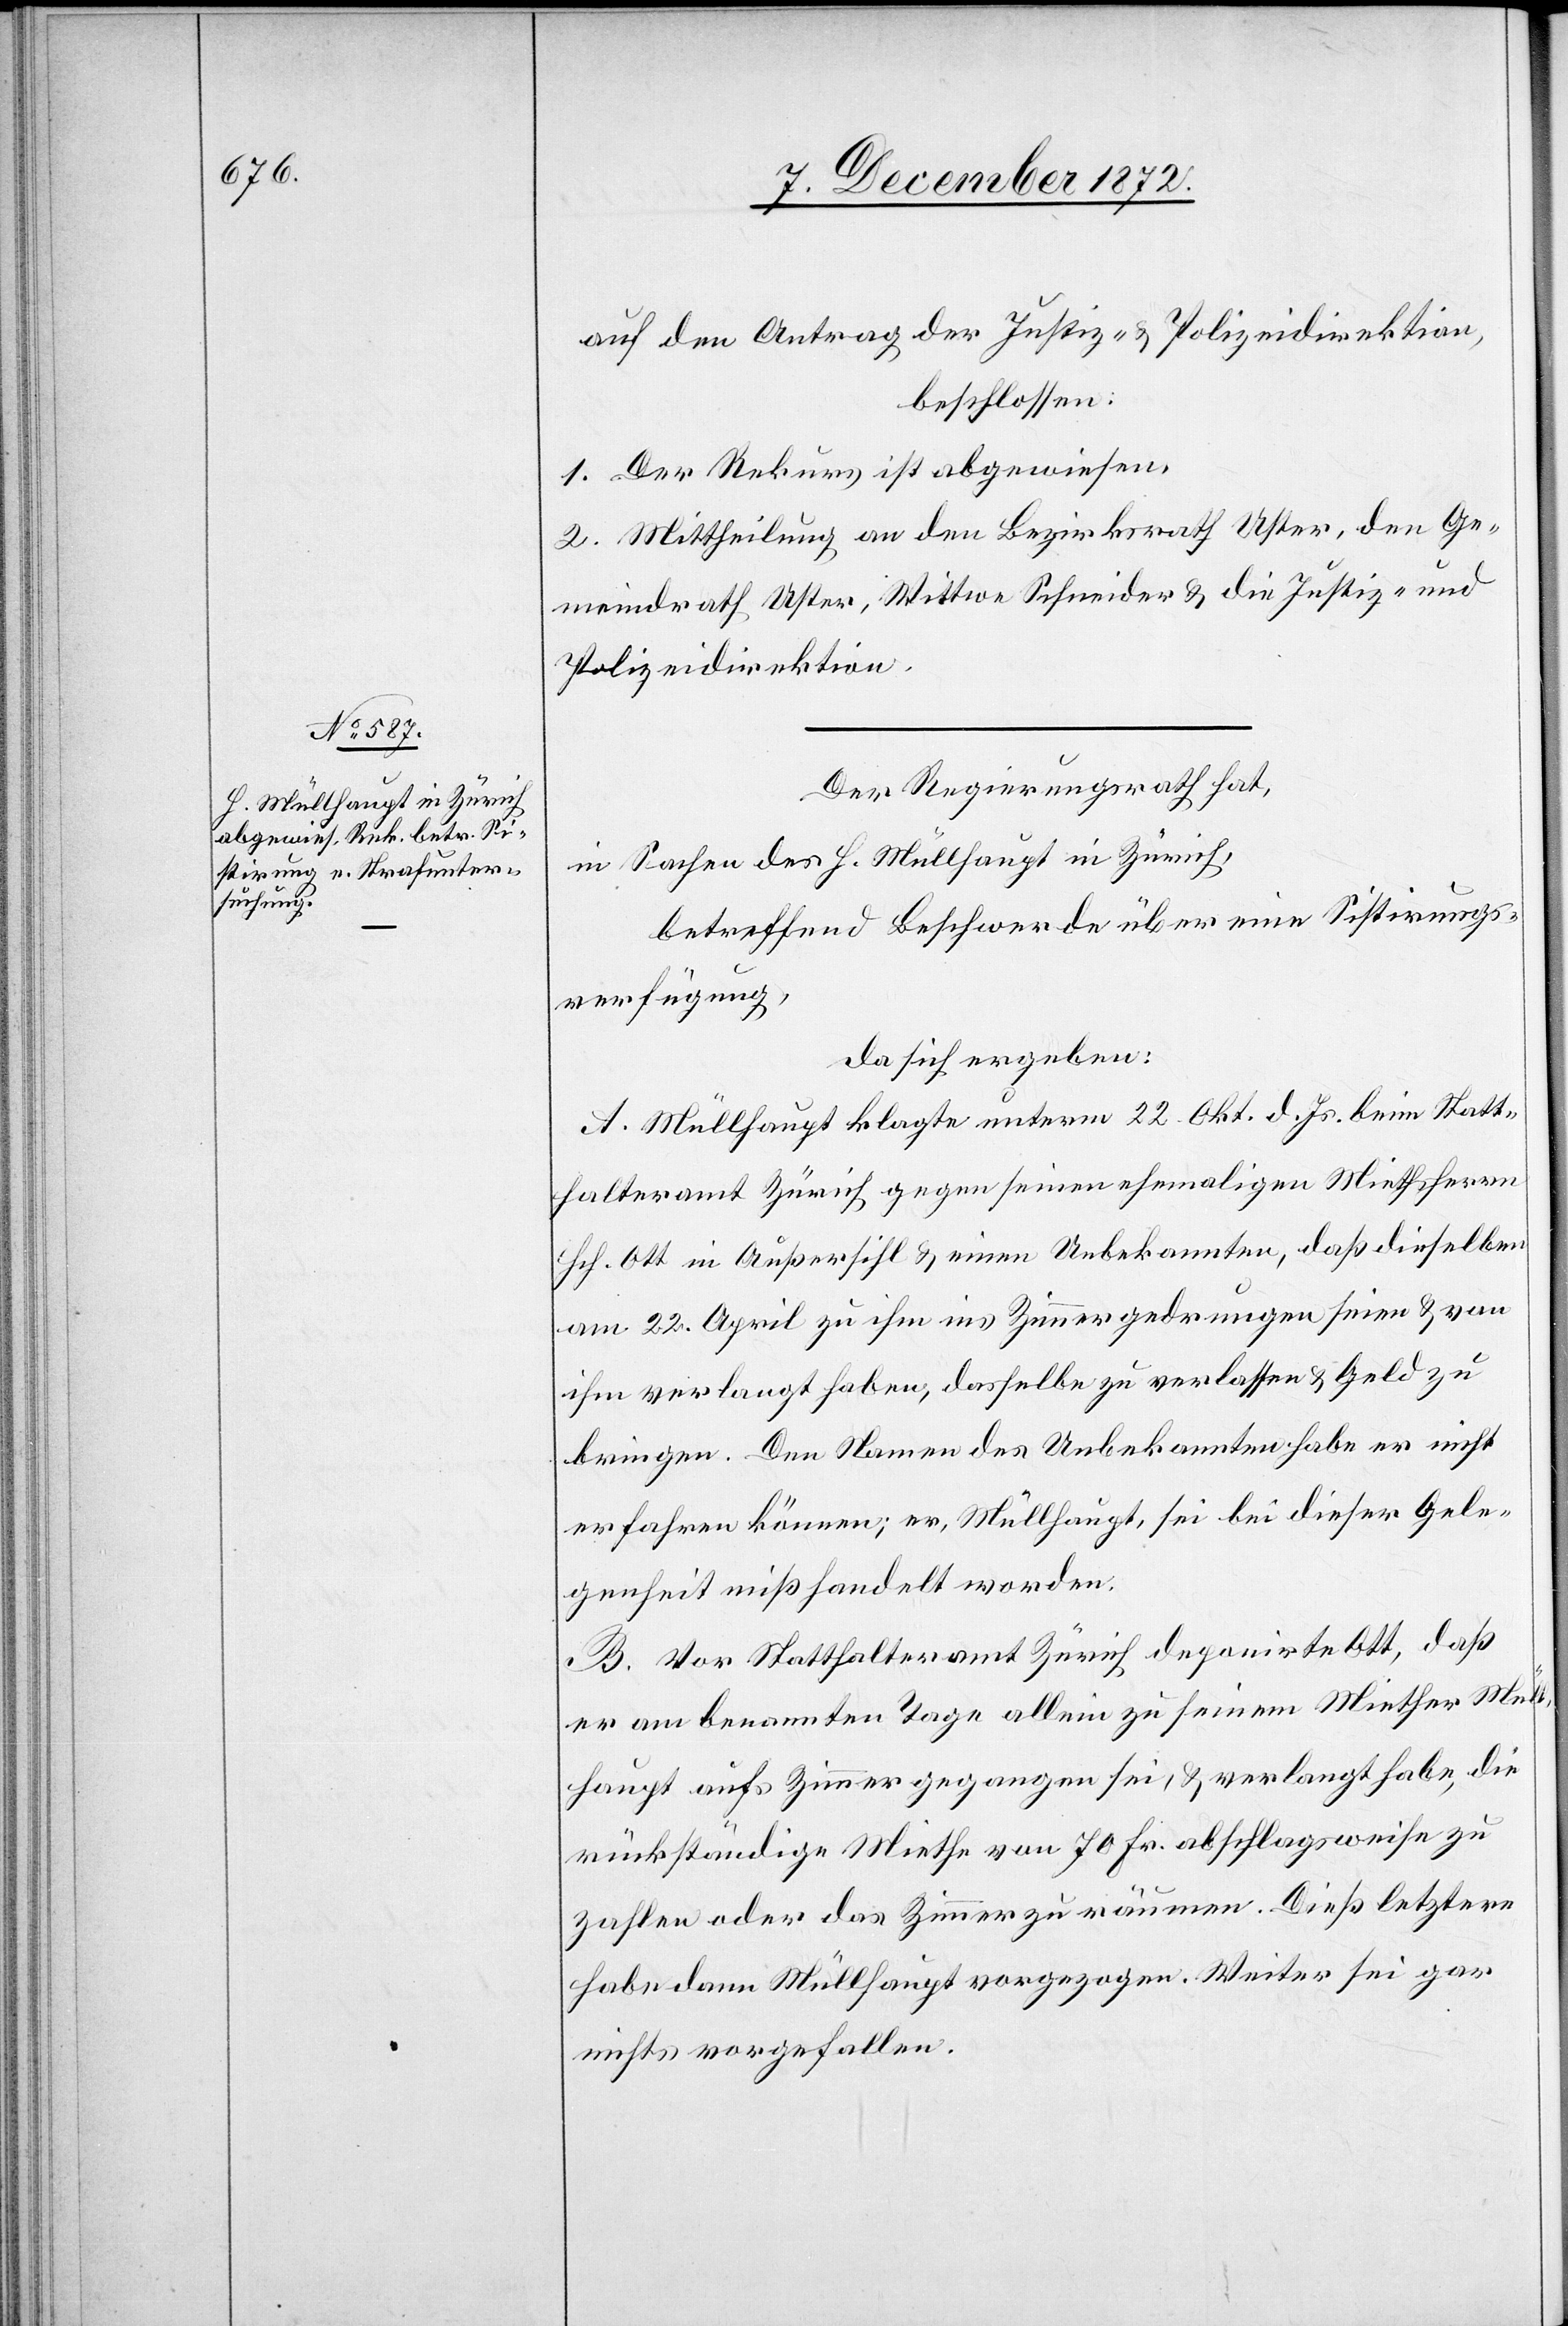
auf den Antrag der Justiz- u. Polizeidirektion,
beschlossen:
1. Der Rekurs ist abgewiesen.
2. Mittheilung an den Bezirksrath Uster, den Ge¬
meindrath Uster, Wittwe Schneider u. die Justiz- und
Polizeidirektion.
Der Regierungsrath hat,
in Sachen des H. Müllhaupt in Zürich,
betreffend Beschwerde über eine Sistriungs¬
verfügung,
da sich ergeben:
A. Müllhaupt klagte unterm 22. Okt. d. Js. beim Statt¬
halteramt Zürich gegen seinen ehemaligen Miethsherrn
Hch. Ott in Außersihl u. einen Unbekannten, daß dieselben
am 22. April zu ihm ins Zimmer gedrungen seien u. von
ihm verlangt haben, dasselbe zu verlassen u. Geld zu
bringen. Den Namen des Unbekannten habe er nicht
erfahren können; er, Müllhaupt, sei bei dieser Gele¬
genheit mißhandelt worden.
B. Vor Statthalteramt Zürich deponirte Ott, daß
er am benannten Tage allein zu seinem Miether Müll¬
haupt aufs Zimmer gegangen sei, u. verlangt habe, die
rückständige Miethe von 70 Fr. abschlagsweise zu
zahlen oder das Zimmer zu räumen. Dieß letztere
habe dann Müllhaupt vorgezogen. Weiter sei gar
nichts vorgefallen.